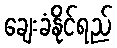
ချေးခံနိုင်ရည်